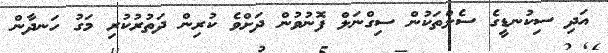
އަދި ސިކުނޑީގެ ސެލްތަކުން ސިގްނަލް ފޮނުވުން ދަށްވެ ކުރިން ދަތުރުކުރި މަގު ހަނދާން